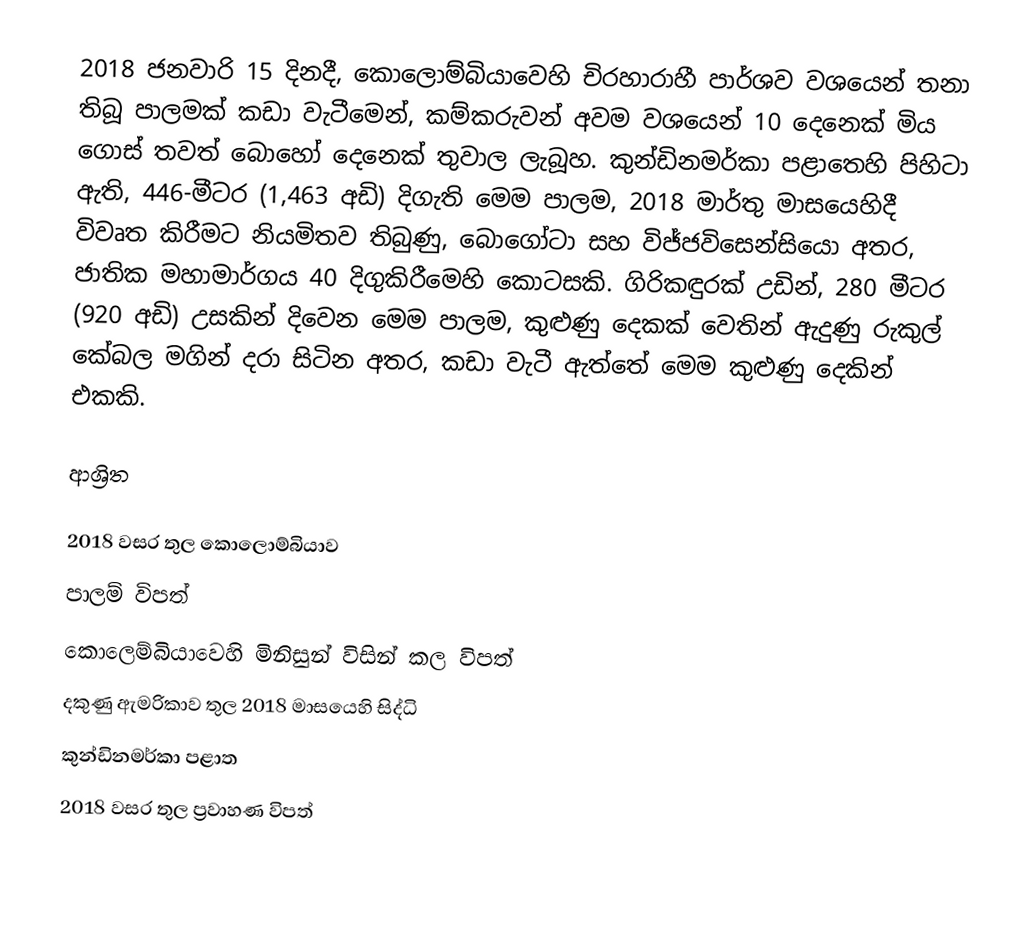
2018 ජනවාරි 15 දිනදී,  කොලොම්බියාවෙහි චිරහාරාහී පාර්ශව වශයෙන් තනා තිබූ පාලමක් කඩා වැටීමෙන්, කම්කරුවන් අවම වශයෙන් 10 දෙනෙක් මිය ගොස් තවත් බොහෝ දෙනෙක් තුවාල ලැබූහ.   කුන්ඩිනමර්කා පළාතෙහි පිහිටා ඇති,  446-මීටර (1,463 අඩි)  දිගැති මෙම පාලම, 2018 මාර්තු මාසයෙහිදී විවෘත කිරීමට නියමිතව තිබුණු, බොගෝටා සහ විජ්ජවිසෙන්සියො  අතර,  ජාතික මහාමාර්ගය 40 දිගුකිරීමෙහි කොටසකි. ගිරිකඳුරක් උඩින්,  280 මීටර (920 අඩි) උසකින් දිවෙන මෙම පාලම, කුළුණු දෙකක් වෙතින් ඇදුණු රුකුල් කේබල මගින් දරා සිටින අතර, කඩා වැටී ඇත්තේ මෙම කුළුණු දෙකින් එකකි.

ආශ්‍රිත

2018 වසර තුල කොලොම්බියාව
පාලම් විපත්
කොලෙම්බියාවෙහි මිනිසුන් විසින් කල විපත්
දකුණු ඇමරිකාව තුල 2018 මාසයෙහි සිද්ධි
 කුන්ඩිනමර්කා පළාත
 2018 වසර තුල ප්‍රවාහණ විපත්